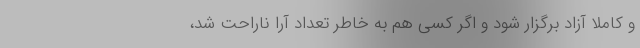
و کاملاً آزاد برگزار شود و اگر کسی هم به خاطر تعداد آرا ناراحت شد،